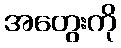
အတွေးကို